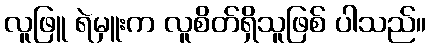
လူဖြူ ရဲမှူးက လူစိတ်ရှိသူဖြစ် ပါသည်။